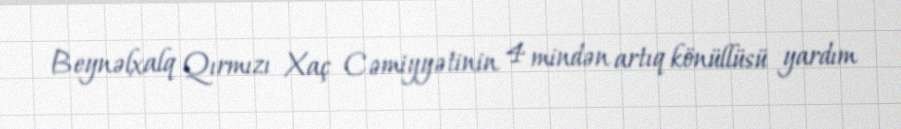
Beynəlxalq Qırmızı Xaç Cəmiyyətinin 4 mindən artıq könüllüsü yardım